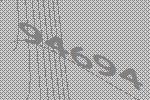
94694